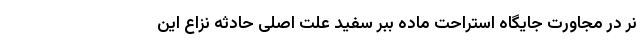
نر در مجاورت جایگاه استراحت ماده ببر سفید علت اصلی حادثه نزاع این